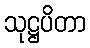
သုဋ္ဌပိတာ